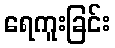
ရေကူးခြင်း